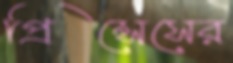
প্রিন্সেসের